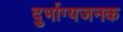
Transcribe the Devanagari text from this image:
दुर्भाग्यजनक